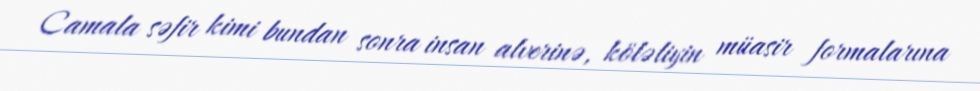
Camala səfir kimi bundan sonra insan alverinə, köləliyin müasir formalarına